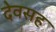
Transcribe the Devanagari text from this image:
देवसह